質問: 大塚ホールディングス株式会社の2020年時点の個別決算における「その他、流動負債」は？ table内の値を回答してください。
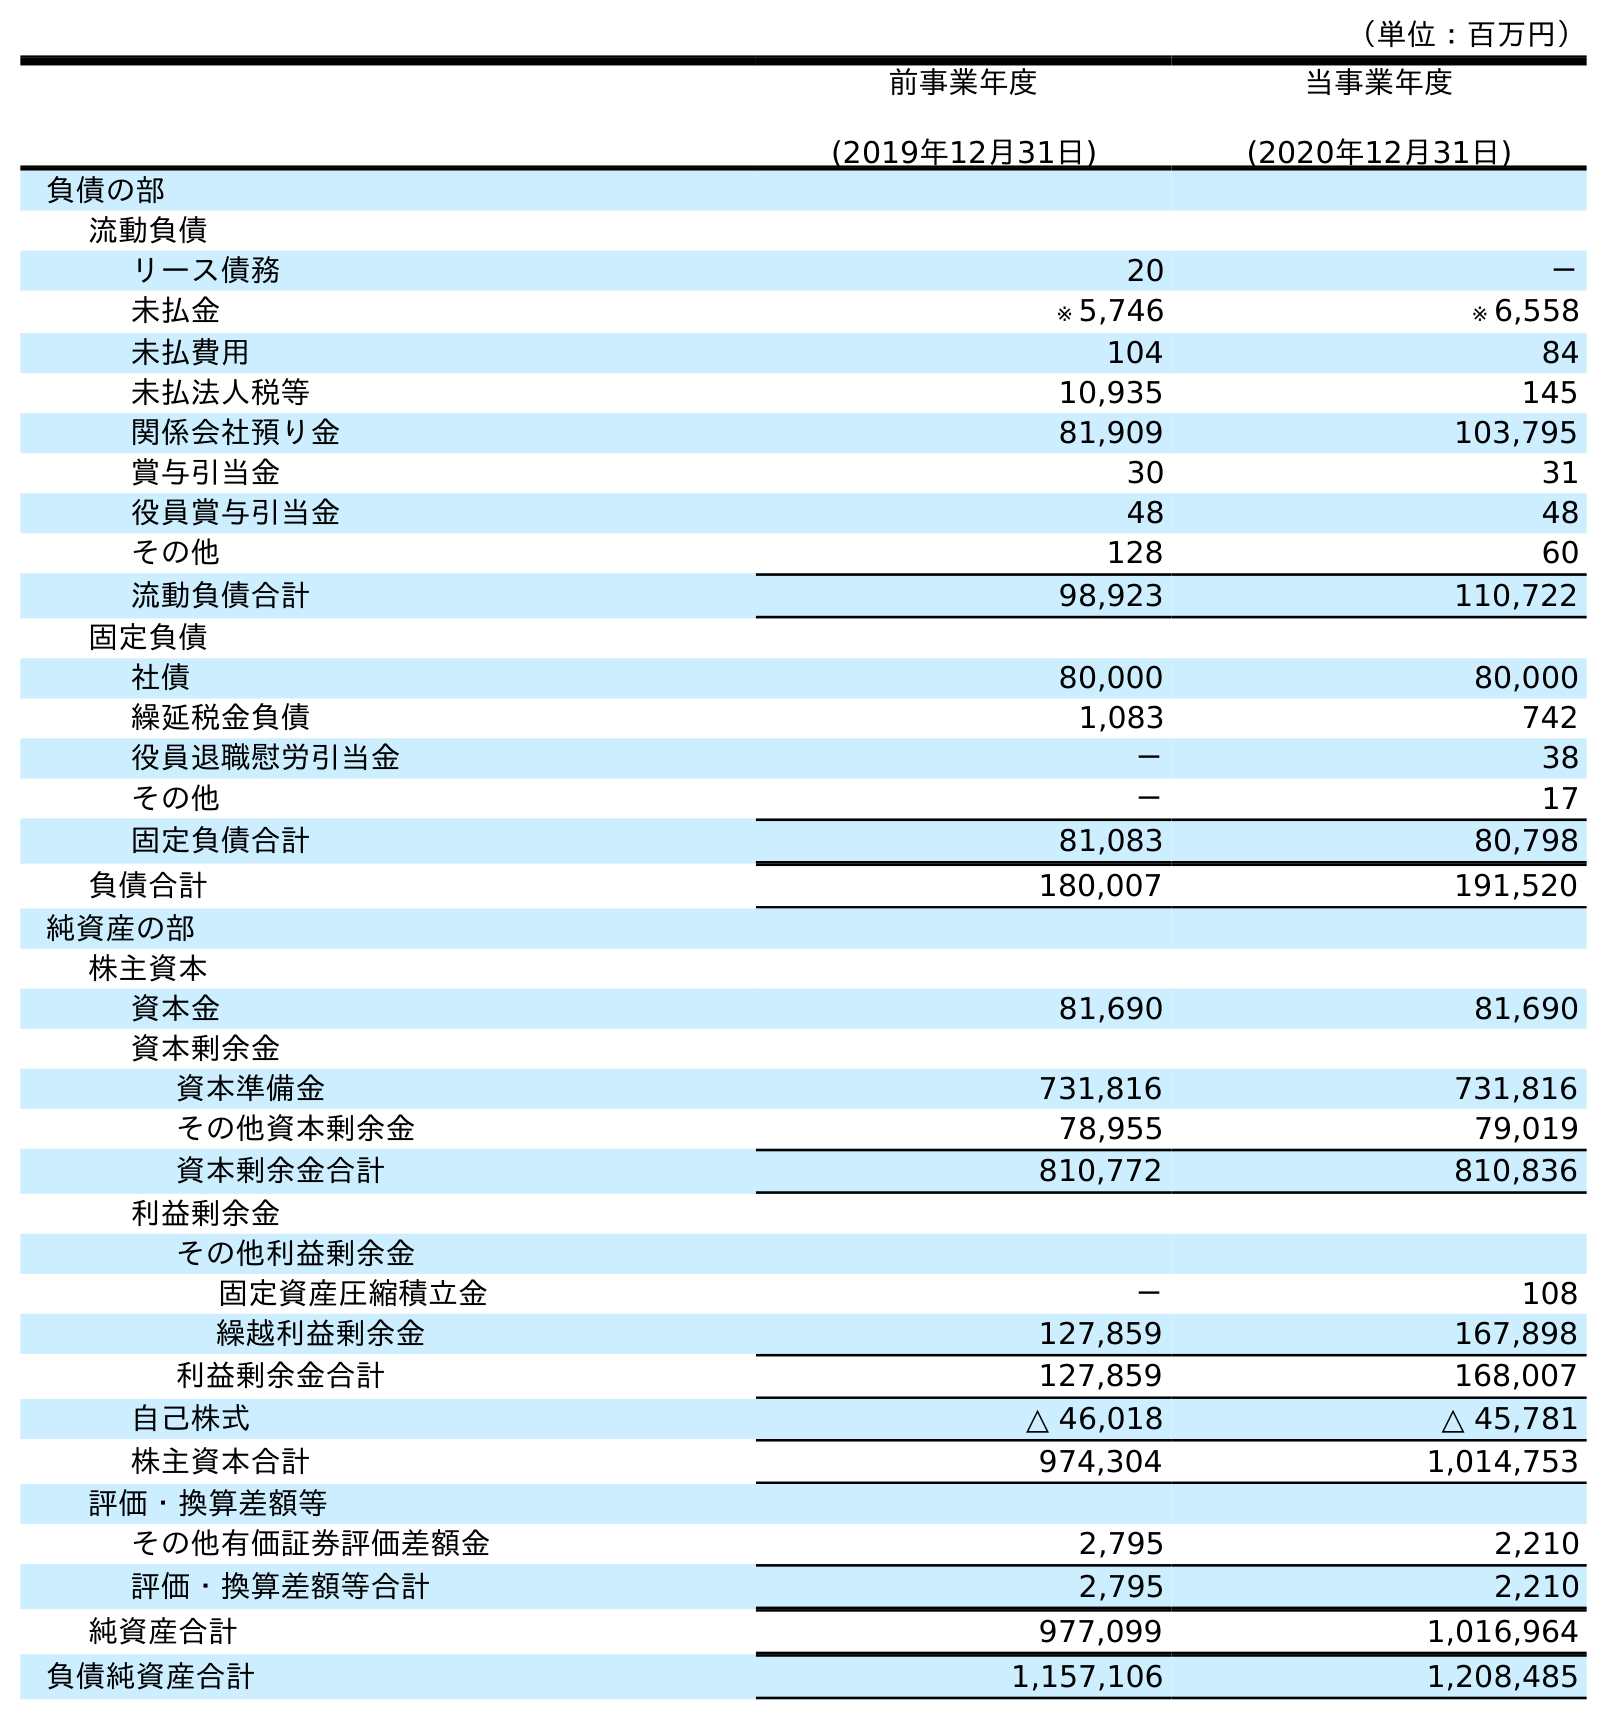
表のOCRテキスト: （単位：百万円） 前事業年度 (2019年12月31日) 当事業年度 (2020年12月31日) 負債の部 流動負債 リース債務 20 － 未払金 ※ 5,746 ※ 6,558 未払費用 104 84 未払法人税等 10,935 145 関係会社預り金 81,909 103,795 賞与引当金 30 31 役員賞与引当金 48 48 その他 128 60 流動負債合計 98,923 110,722 固定負債 社債 80,000 80,000 繰延税金負債 1,083 742 役員退職慰労引当金 － 38 その他 － 17 固定負債合計 81,083 80,798 負債合計 180,007 191,520 純資産の部 株主資本 資本金 81,690 81,690 資本剰余金 資本準備金 731,816 731,816 その他資本剰余金 78,955 79,019 資本剰余金合計 810,772 810,836 利益剰余金 その他利益剰余金 固定資産圧縮積立金 － 108 繰越利益剰余金 127,859 167,898 利益剰余金合計 127,859 168,007 自己株式 △ 46,018 △ 45,781 株主資本合計 974,304 1,014,753 評価・換算差額等 その他有価証券評価差額金 2,795 2,210 評価・換算差額等合計 2,795 2,210 純資産合計 977,099 1,016,964 負債純資産合計 1,157,106 1,208,485
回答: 60